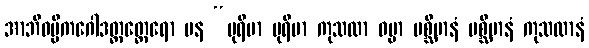
အာဘိဓမ္မိကဂေါဒတ္တတ္ထေရော ပန “ပုရိမာ ပုရိမာ ကုသလာ ဓမ္မာ ပစ္ဆိမာနံ ပစ္ဆိမာနံ ကုသလာနံ